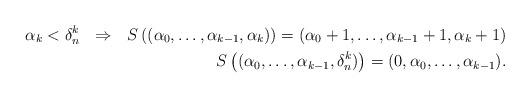
LaTeX: \begin{align*} \alpha_k<\delta_n^k \ \ \Rightarrow \ \ S \left((\alpha_0,\dots,\alpha_{k-1},\alpha_k) \right )=(\alpha_0+1,\dots,\alpha_{k-1}+1,\alpha_k+1) \\ S\left ((\alpha_0,\dots,\alpha_{k-1},\delta_n^k)\right ) = (0,\alpha_0,\dots,\alpha_{k-1}) . \end{align*}